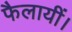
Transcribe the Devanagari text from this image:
फैलायीं।